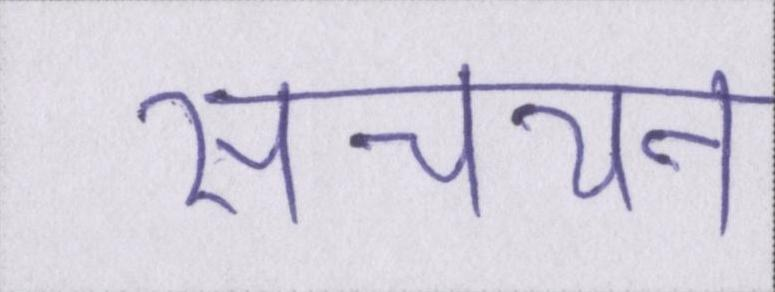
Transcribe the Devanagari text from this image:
संचयन